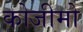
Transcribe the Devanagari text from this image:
कोजीमो